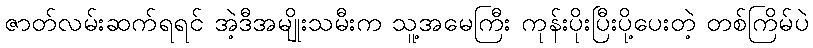
ဇာတ်လမ်းဆက်ရရင် အဲ့ဒီအမျိုးသမီးက သူ့အမေကြီး ကုန်းပိုးပြီးပို့ပေးတဲ့ တစ်ကြိမ်ပဲ